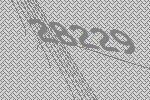
28229